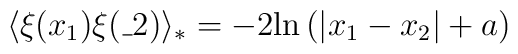
\langle \xi(x_1) \xi(\_2) \rangle _* = -2{\rm ln}\left(|x_1 - x_2| + a\right)